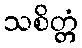
သစိတ္တံ